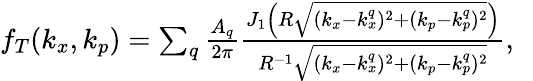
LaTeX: \begin{array}{r}{f_{T}(k_{x},k_{p})=\sum_{q}\frac{A_{q}}{2\pi}\frac{J_{1}\Big(R\sqrt{(k_{x}-k_{x}^{q})^{2}+(k_{p}-k_{p}^{q})^{2}}\Big)}{R^{-1}\sqrt{(k_{x}-k_{x}^{q})^{2}+(k_{p}-k_{p}^{q})^{2}}},\ \ }\end{array}